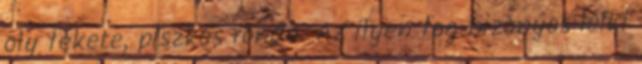
oly fekete, piszkos ronda. Az ilyen fog bizonyos lelki